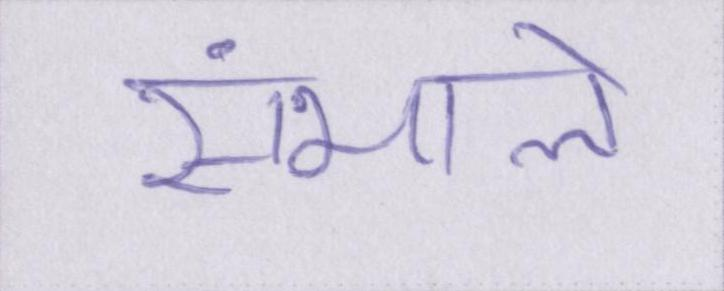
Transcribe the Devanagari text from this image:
संभाले